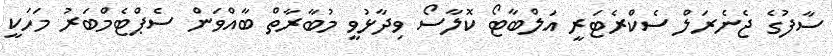
ސާފުގެ ޖެނެރަލް ސެކްރެޓަރީ އަލްބާޓޯ ކޮލާސޯ ވިދާޅުވީ މުބާރާތް ބާއްވަން ސެޕްޓެމްބަރު މަހަކީ